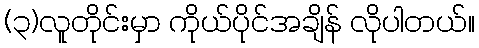
(၃)လူတိုင်းမှာ ကိုယ်ပိုင်အချိန် လိုပါတယ်။